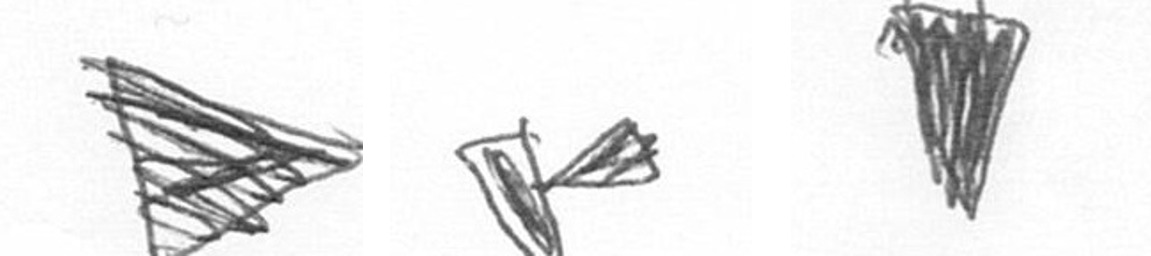
T F J